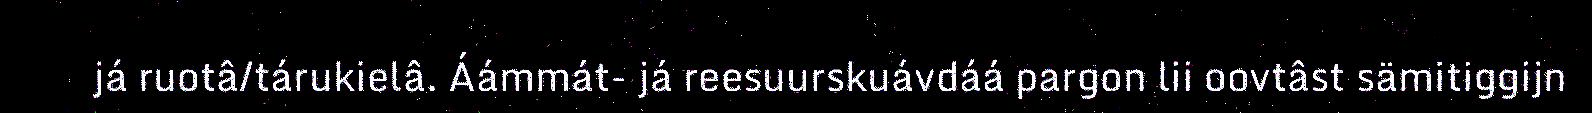
já ruotâ/tárukielâ. Áámmát- já reesuurskuávdáá pargon lii oovtâst sämitiggijn